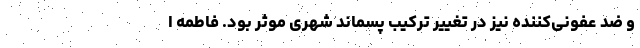
و ضد عفونی‌کننده نیز در تغییر ترکیب پسماند شهری موثر بود. فاطمه ا